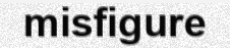
misfigure